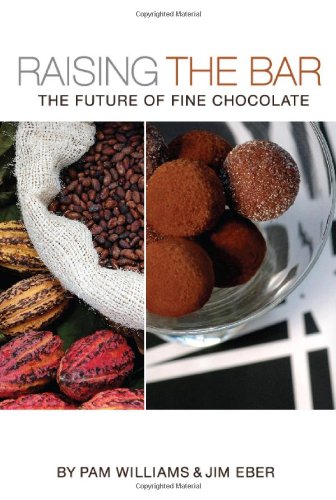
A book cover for Raising the Bar: The Future of Fine Chocolate; Jim Eber; Cookbooks, Food & Wine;